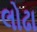
લોઢા